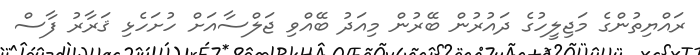
ރައްޔިތުންގެ މަޖިލީހުގެ ދައުރުން ބޭރުން މިއަދު ބޭއްވި ޖަލްސާއަށް ހުށަހެޅި ޤަރާރު ފާސް